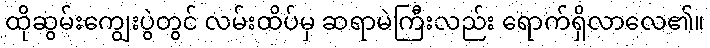
ထိုဆွမ်းကျွေးပွဲတွင် လမ်းထိပ်မှ ဆရာမဲကြီးလည်း ရောက်ရှိလာလေ၏။